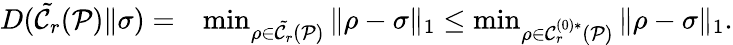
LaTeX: \begin{array}{rl}{D(\tilde{\mathcal{C}_{r}}(\mathcal{P})\| \sigma)=}&{\operatorname*{min}_{\rho\in\tilde{\mathcal{C}_{r}}(\mathcal{P})}\| \rho-\sigma\| _{1}\le\operatorname*{min}_{\rho\in\mathcal{C}_{r}^{(0)\ast}(\mathcal{P})}\| \rho-\sigma\| _{1}.}\end{array}